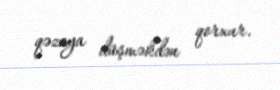
qəzaya düşməkdən qorxur.